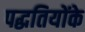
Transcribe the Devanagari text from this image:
पद्धतियोंके